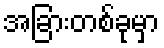
အခြားတစ်ခုမှာ